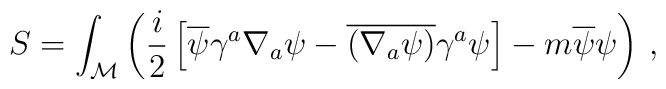
S =  \int_{\mathcal M} \left( {i \over 2} \left[ \overline \psi \gamma^a\nabla_a \psi - \overline{(\nabla_a \psi)} \gamma^a \psi \right] - m \overline\psi \psi \right) \, ,